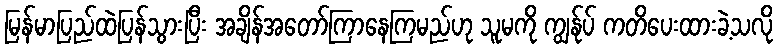
မြန်မာပြည်ထဲပြန်သွားပြီး အချိန်အတော်ကြာနေကြမည်ဟု သူမကို ကျွန်ုပ် ကတိပေးထားခဲ့သလို